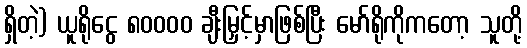
ရှိတဲ့) ယူရိုငွေ ၈၀၀၀၀ ချီးမြှင့်မှာဖြစ်ပြီး မော်ရိုကိုကတော့ သူတို့